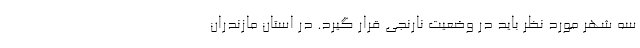
سه شهر مورد نظر باید در وضعیت نارنجی قرار گیرد. در استان مازندران